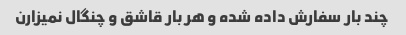
چند بار سفارش داده شده و هر بار قاشق و چنگال نمیزارن